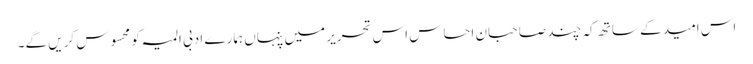
اس امید کے ساتھ کہ چند صاحبانِ احساس اس تحریر میں پنہاں ہمارے ادبی المیہ کو محسوس کریں گے۔